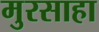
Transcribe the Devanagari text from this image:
मुरसाहा